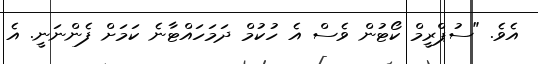
އެވެ. "ސުޕްރީމް ކޯޓުން ވެސް އެ ހުކުމް ދަމަހައްޓާނެ ކަމަށް ފެންނަނީ. އެ